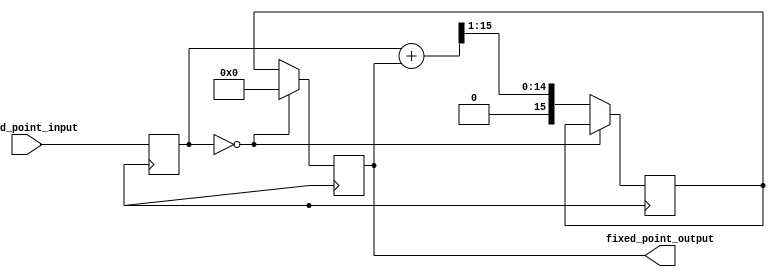
module fixed_point_sqrt (
    input [15:0] fixed_point_input,
    output reg [15:0] fixed_point_output
);

// Define input and output signals
reg [15:0] x;
reg [15:0] x_next;
reg [15:0] error;
reg [15:0] y;

// Initialize input signal
always @ (posedge clk) begin
    x <= fixed_point_input;
end

// Implement the iterative algorithm for calculating square root
always @ (posedge clk) begin
    if (x == 0) begin
        y <= 0;
    end else begin
        x_next <= (x + y) >> 1; // Newton's method iteration
        error <= x_next - y;
        y <= x_next;
    end
end

// Output the square root
always @ (*) begin
    fixed_point_output = y;
end

endmodule